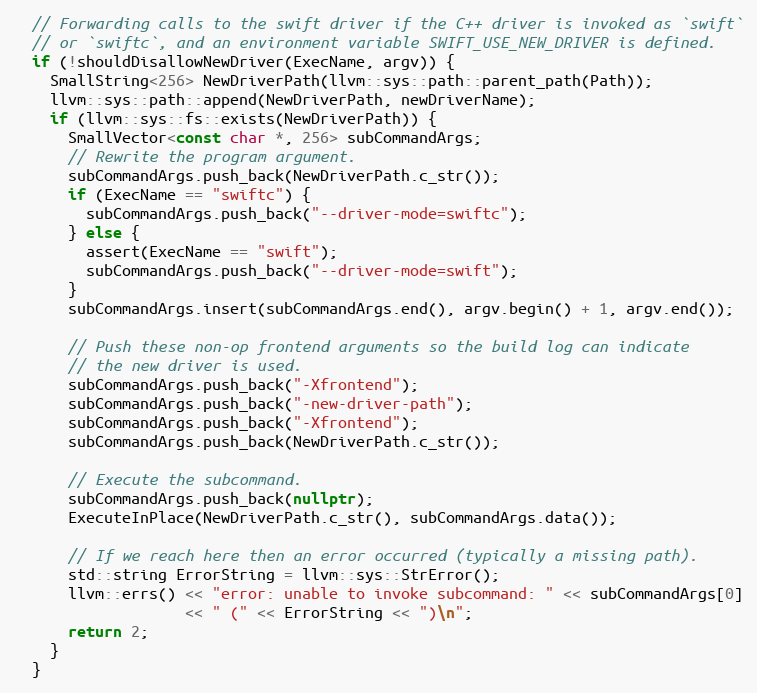
Language: C++
  // Forwarding calls to the swift driver if the C++ driver is invoked as `swift`
  // or `swiftc`, and an environment variable SWIFT_USE_NEW_DRIVER is defined.
  if (!shouldDisallowNewDriver(ExecName, argv)) {
    SmallString<256> NewDriverPath(llvm::sys::path::parent_path(Path));
    llvm::sys::path::append(NewDriverPath, newDriverName);
    if (llvm::sys::fs::exists(NewDriverPath)) {
      SmallVector<const char *, 256> subCommandArgs;
      // Rewrite the program argument.
      subCommandArgs.push_back(NewDriverPath.c_str());
      if (ExecName == "swiftc") {
        subCommandArgs.push_back("--driver-mode=swiftc");
      } else {
        assert(ExecName == "swift");
        subCommandArgs.push_back("--driver-mode=swift");
      }
      subCommandArgs.insert(subCommandArgs.end(), argv.begin() + 1, argv.end());

      // Push these non-op frontend arguments so the build log can indicate
      // the new driver is used.
      subCommandArgs.push_back("-Xfrontend");
      subCommandArgs.push_back("-new-driver-path");
      subCommandArgs.push_back("-Xfrontend");
      subCommandArgs.push_back(NewDriverPath.c_str());

      // Execute the subcommand.
      subCommandArgs.push_back(nullptr);
      ExecuteInPlace(NewDriverPath.c_str(), subCommandArgs.data());

      // If we reach here then an error occurred (typically a missing path).
      std::string ErrorString = llvm::sys::StrError();
      llvm::errs() << "error: unable to invoke subcommand: " << subCommandArgs[0]
                   << " (" << ErrorString << ")\n";
      return 2;
    }
  }